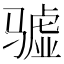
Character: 𱅧